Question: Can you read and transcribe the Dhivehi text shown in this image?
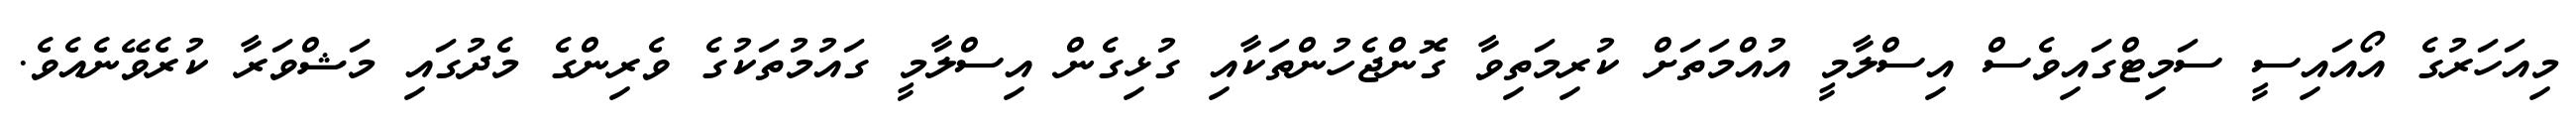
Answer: މިއަހަރުގެ އޯއައިސީ ސަމިޓްގައިވެސް އިސްލާމީ އުއްމަތަށް ކުރިމަތިވާ ގޮންޖެހުންތަކާއި ގުޅިގެން އިސްލާމީ ގައުމުތަކުގެ ވެރިންގެ މެދުގައި މަޝްވަރާ ކުރެވޭނެއެވެ.